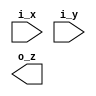
//////////////////////////////////////////////////////////////////////////////////
// Company       : TSU
// Engineer      : 
// 
// Project Name  : 
// Design Name   : 
// Description   : 
// 
// Dependencies  : 
// 
// Revision      : 
//                 - V1.0 File Created
// Additional Comments:
// 
//////////////////////////////////////////////////////////////////////////////////
// 


`default_nettype none
`timescale 1ns/1ps
module lix_or  #(
    parameter  W = 32
  )(
    input  wire [W-1:0] i_x,
    input  wire [W-1:0] i_y,
    output wire [W-1:0] o_z);


`ifdef SIM


  genvar i;
  generate
  for (i = 0 ; i < W ; i = i + 1)begin: GOR

    assign o_z[i] = i_x[i] | i_y[i];
    
  end
  endgenerate


`elsif FPGA

  genvar i;
  generate    
    for (i = 0 ; i < W ; i = i +1) begin: GOR

      LUT6 #(.INIT(64'h000000000000000E))
       lut6_or_inst(
        .O (o_z[i]),
        .I0(i_x[i]),
        .I1(i_y[i]),
        .I2(1'd0),
        .I3(1'd0),
        .I4(1'd0),
        .I5(1'd0)
        );

    end
  endgenerate

`elsif TSMC_28N

  genvar i;
  generate
    for (i = 0 ; i < W ; i = i +1) begin: GOR
      OR2D4BWP12T30P140LVT u_or
      (.A1(i_x[i]),.A2(i_y[i]),.Z(o_z[i]));
    end
  endgenerate


`elsif LIB_45NM

  genvar i;
  generate    
    for (i = 0 ; i < W ; i = i +1) begin: GOR
      OR2_X4 u_or
      (.A1(i_x[i]), .A2(i_y[i]), .ZN(o_z[i]));
    end
  endgenerate

`else


`endif

endmodule